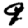
Digit: 9